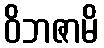
ဝိဘဇာမိ